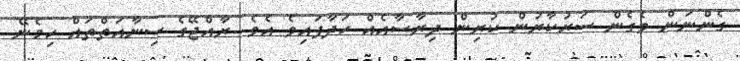
ގެންނަން ވެގެން ސަރުކާރުން ކުރިން ދިރާސާއެއް ހަދާފައިވެ އެވެ. ރާއްޖޭގެ ސިނާއަތްތައް ހިމެނޭ